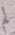
لم